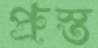
প্রুস্ত